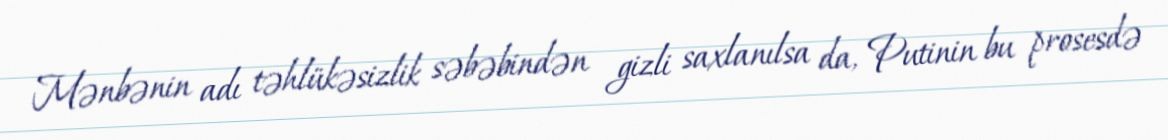
Mənbənin adı təhlükəsizlik səbəbindən gizli saxlanılsa da, Putinin bu prosesdə